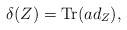
\begin{align*}\delta(Z)=\textrm{Tr} ( ad_Z),\end{align*}